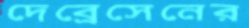
দেব্রেসেনের